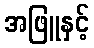
အဖြူနှင့်